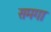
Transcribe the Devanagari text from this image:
समगा